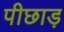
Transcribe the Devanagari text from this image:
पीछाड़